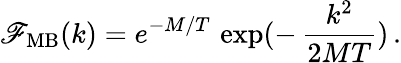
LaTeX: \mathscr{F}_{\mathrm{{MB}}}(k)=e^{-M/T}\, \exp(-\, \frac{{k^{2}}}{{2MT}})\, .